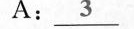
A:\underline{3}